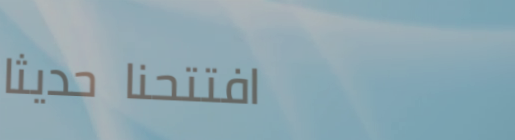
افتتحنا حديثاً